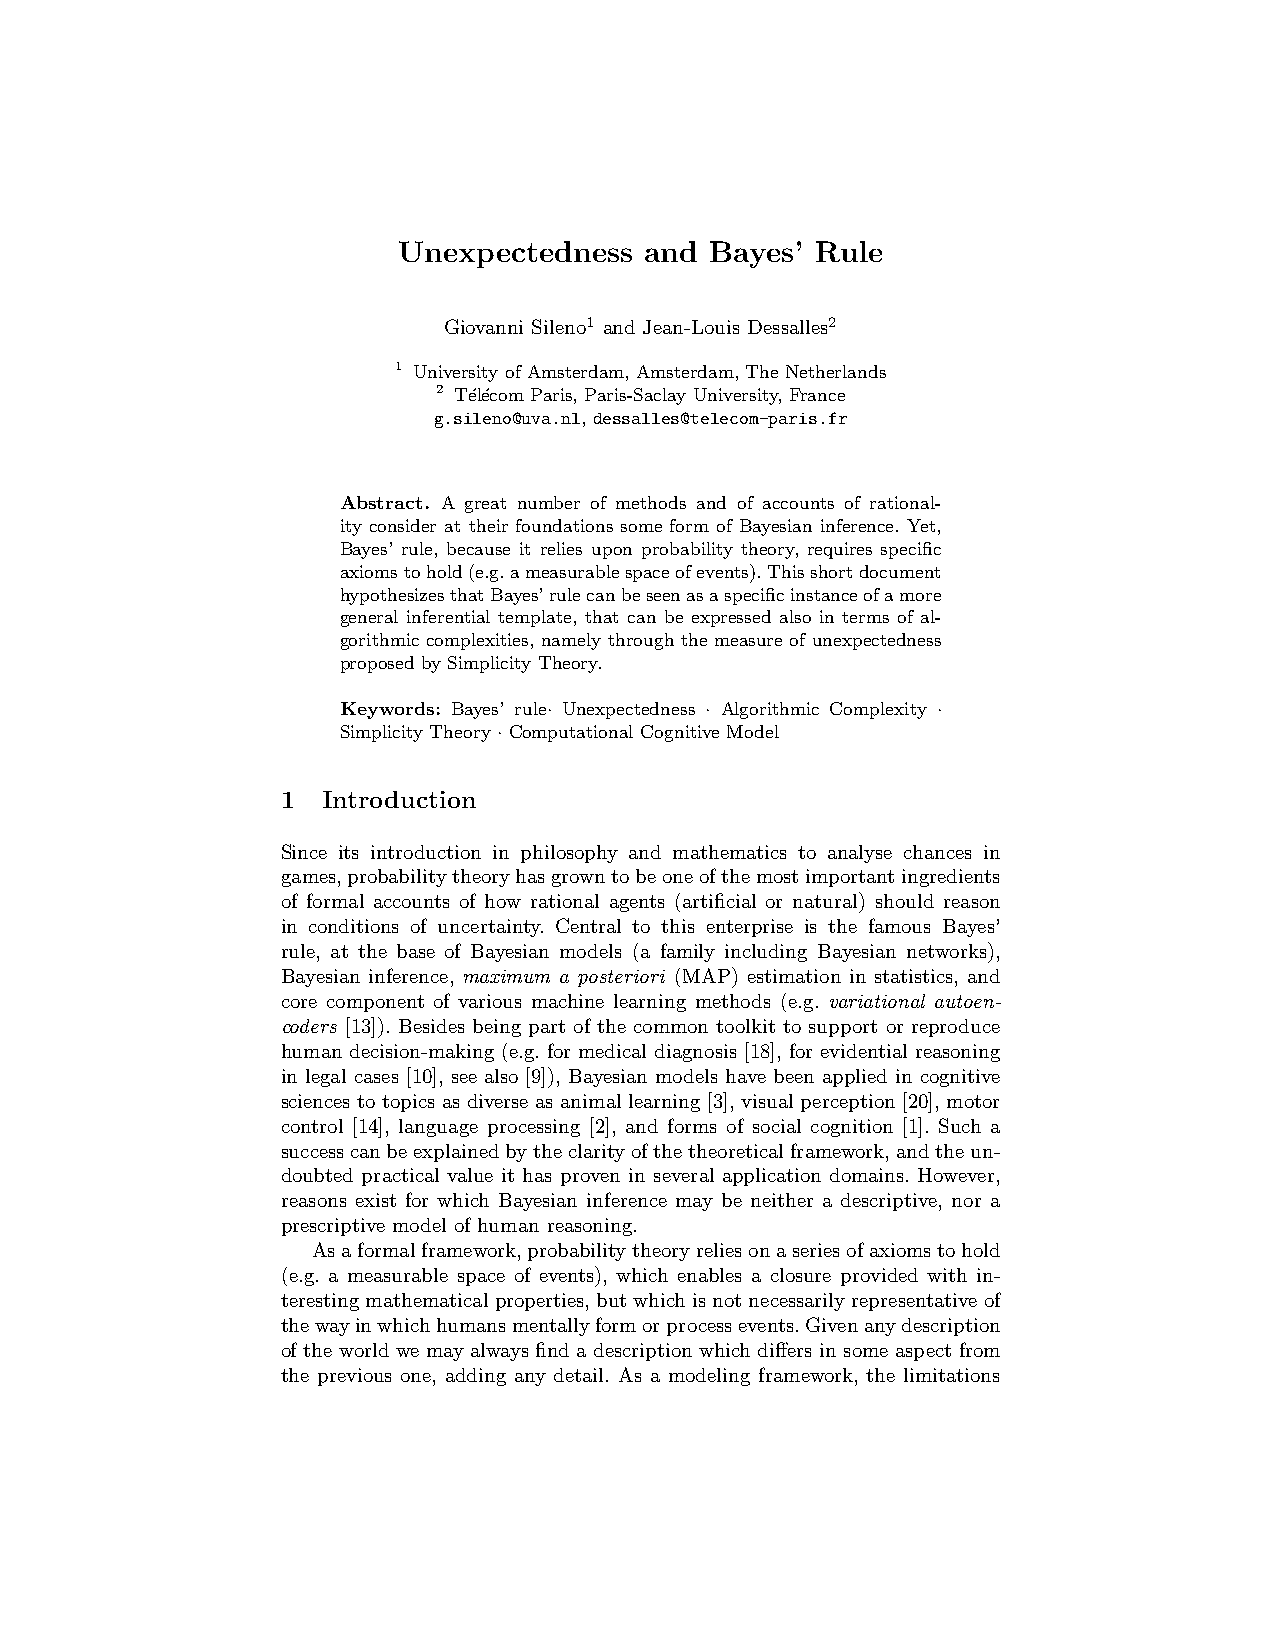
Unexpectedness   and Bayes’ Rule
 Giovanni Sileno1 and Jean-Louis Dessalles2
 1 University of Amsterdam, Amsterdam, The Netherlands
 2 T´el´ecom Paris, Paris-Saclay University, France
 g.sileno@uva.nl, dessalles@telecom-paris.fr
 Abstract. A great number of methods and of accounts of rational-
 ity consider at their foundations some form of Bayesian inference. Yet,
 Bayes’ rule, because it relies upon probability theory, requires specific
 axiomstohold(e.g.ameasurablespaceofevents).Thisshortdocument
 hypothesizesthatBayes’rulecanbeseenasaspecificinstanceofamore
 general inferential template, that can be expressed also in terms of al-
 gorithmic complexities, namely through the measure of unexpectedness
 proposed by Simplicity Theory.
 Keywords: Bayes’ rule· Unexpectedness · Algorithmic Complexity ·
 Simplicity Theory · Computational Cognitive Model
 1 Introduction
 Since its introduction in philosophy and mathematics to analyse chances in
 games,probabilitytheoryhasgrowntobeoneofthemostimportantingredients
 of formal accounts of how rational agents (artificial or natural) should reason
 in conditions of uncertainty. Central to this enterprise is the famous Bayes’
 rule, at the base of Bayesian models (a family including Bayesian networks),
 Bayesian inference, maximum a posteriori (MAP) estimation in statistics, and
 core component of various machine learning methods (e.g. variational autoen-
 coders [13]). Besides being part of the common toolkit to support or reproduce
 human decision-making (e.g. for medical diagnosis [18], for evidential reasoning
 in legal cases [10], see also [9]), Bayesian models have been applied in cognitive
 sciences to topics as diverse as animal learning [3], visual perception [20], motor
 control [14], language processing [2], and forms of social cognition [1]. Such a
 successcanbeexplainedbytheclarityofthetheoreticalframework,andtheun-
 doubted practical value it has proven in several application domains. However,
 reasons exist for which Bayesian inference may be neither a descriptive, nor a
 prescriptive model of human reasoning.
 Asaformalframework,probabilitytheoryreliesonaseriesofaxiomstohold
 (e.g. a measurable space of events), which enables a closure provided with in-
 terestingmathematicalproperties,butwhichisnotnecessarilyrepresentativeof
 thewayinwhichhumansmentallyformorprocessevents.Givenanydescription
 of the world we may always find a description which differs in some aspect from
 the previous one, adding any detail. As a modeling framework, the limitations